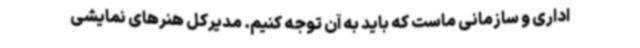
اداری و سازمانی ماست که باید به آن توجه کنیم. مدیرکل هنرهای نمایشی